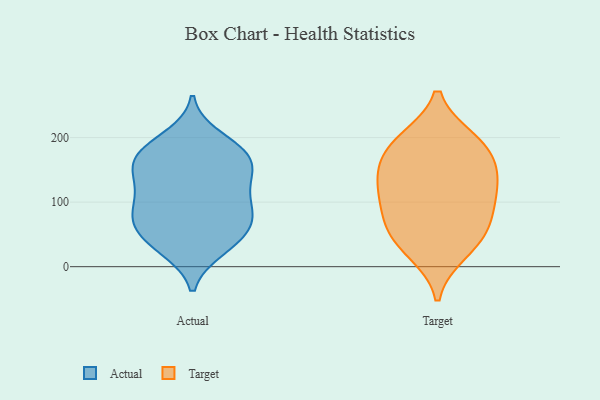
{"axis": {"x": "Energy Usage (MWh)", "y": "Value"}, "legend": ["Actual", "Target"], "data": [{"x": "", "y": 182, "type": "Actual"}, {"x": "", "y": 84, "type": "Actual"}, {"x": "", "y": 177, "type": "Actual"}, {"x": "", "y": 123, "type": "Actual"}, {"x": "", "y": 136, "type": "Actual"}, {"x": "", "y": 75, "type": "Actual"}, {"x": "", "y": 27, "type": "Actual"}, {"x": "", "y": 164, "type": "Actual"}, {"x": "", "y": 157, "type": "Actual"}, {"x": "", "y": 129, "type": "Actual"}, {"x": "", "y": 178, "type": "Actual"}, {"x": "", "y": 48, "type": "Actual"}, {"x": "", "y": 101, "type": "Actual"}, {"x": "", "y": 157, "type": "Actual"}, {"x": "", "y": 28, "type": "Actual"}, {"x": "", "y": 68, "type": "Actual"}, {"x": "", "y": 70, "type": "Actual"}, {"x": "", "y": 93, "type": "Actual"}, {"x": "", "y": 200, "type": "Actual"}, {"x": "", "y": 45, "type": "Actual"}, {"x": "", "y": 55, "type": "Target"}, {"x": "", "y": 151, "type": "Target"}, {"x": "", "y": 182, "type": "Target"}, {"x": "", "y": 117, "type": "Target"}, {"x": "", "y": 122, "type": "Target"}, {"x": "", "y": 23, "type": "Target"}, {"x": "", "y": 118, "type": "Target"}, {"x": "", "y": 195, "type": "Target"}, {"x": "", "y": 196, "type": "Target"}, {"x": "", "y": 36, "type": "Target"}, {"x": "", "y": 159, "type": "Target"}, {"x": "", "y": 72, "type": "Target"}, {"x": "", "y": 78, "type": "Target"}]}